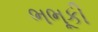
ભભૂકી